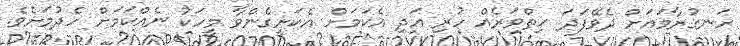
ހަނގުރާމައަށް ދެވޭފަދަ ހިތްވަރެއް ހުރި އަދި އެކަމަށް އެކަށީގެންވާ މީހަކު ނެއްކަމަށް ހެދުމަށެވެ.